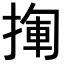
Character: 𢰄